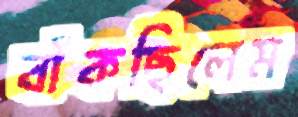
বাঁকছিলেম